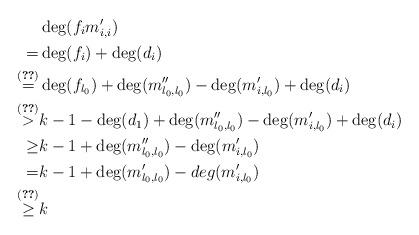
LaTeX: \begin{align*} &\deg(f_i m'_{i,i})\\=&\deg(f_i)+\deg(d_i)\\\overset{(\ref{identity0})}{=}&\deg(f_{l_0})+\deg(m''_{l_0,l_0})-\deg(m'_{i,l_0})+\deg(d_i)\\\overset{(\ref{identity2})}{>}&k-1-\deg(d_1)+\deg(m''_{l_0,l_0})-\deg(m'_{i,l_0})+\deg(d_i)\\\geq& k-1+\deg(m''_{l_0,l_0})-\deg(m'_{i,l_0})\\=&k-1+\deg(m'_{l_0,l_0})-deg(m'_{i,l_0})\\\overset{(\ref{identity1})}{\geq }&k\end{align*}